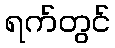
ရက်တွင်